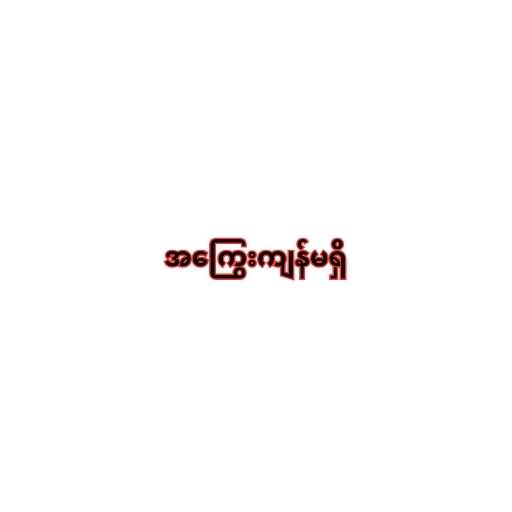
အကြွေးကျန်မရှိ